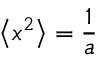
\left\langle x ^ { 2 } \right\rangle = { \frac { 1 } { a } }